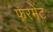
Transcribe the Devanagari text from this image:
फरमेंट